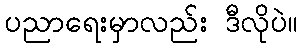
ပညာရေးမှာလည်း ဒီလိုပဲ။